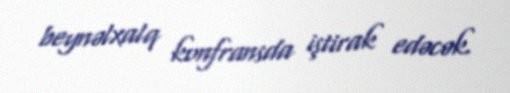
beynəlxalq konfransda iştirak edəcək.